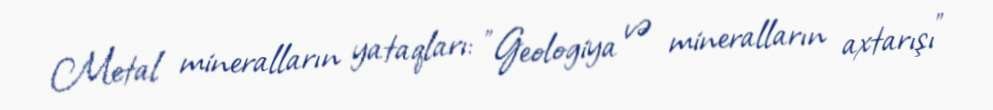
Metal mineralların yataqları: "Geologiya və mineralların axtarışı"